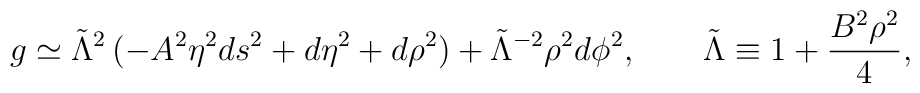
g\simeq \tilde{\Lambda}^2\,(-A^2\eta^2ds^2+d\eta^2+d\rho^2)+\tilde{\Lambda}^{-2}\rho^2d\phi^2,\qquad \tilde{\Lambda}\equiv 1+\frac{B^2\rho^2}{4},